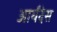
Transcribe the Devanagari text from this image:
आर्यंदेस